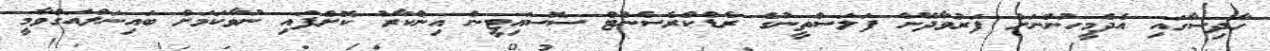
ހާދިސާގައި އެދެމީހުންނަށް ފަރުވާދޭން ފަލަސްތީނުގެ ރެޑްކްރެސެންޓް ސޮސައިޓީން އިންކާރު ކޮށްފައި ނުވާކަމަށް ބައިނަލްއަގްވާމީ